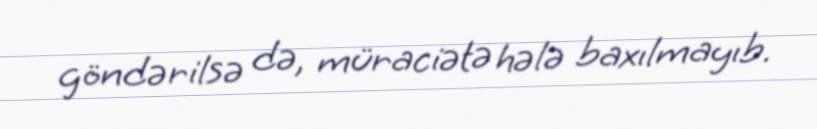
göndərilsə də, müraciətə hələ baxılmayıb.